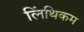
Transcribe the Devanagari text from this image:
लिंथिकम